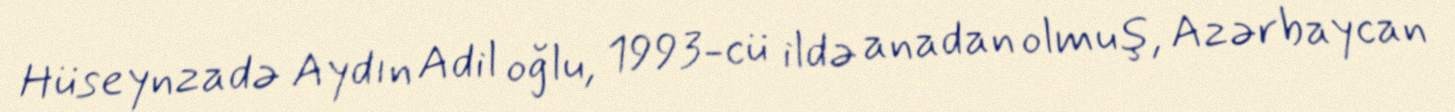
Hüseynzadə Aydın Adil oğlu, 1993-cü ildə anadan olmuş, Azərbaycan